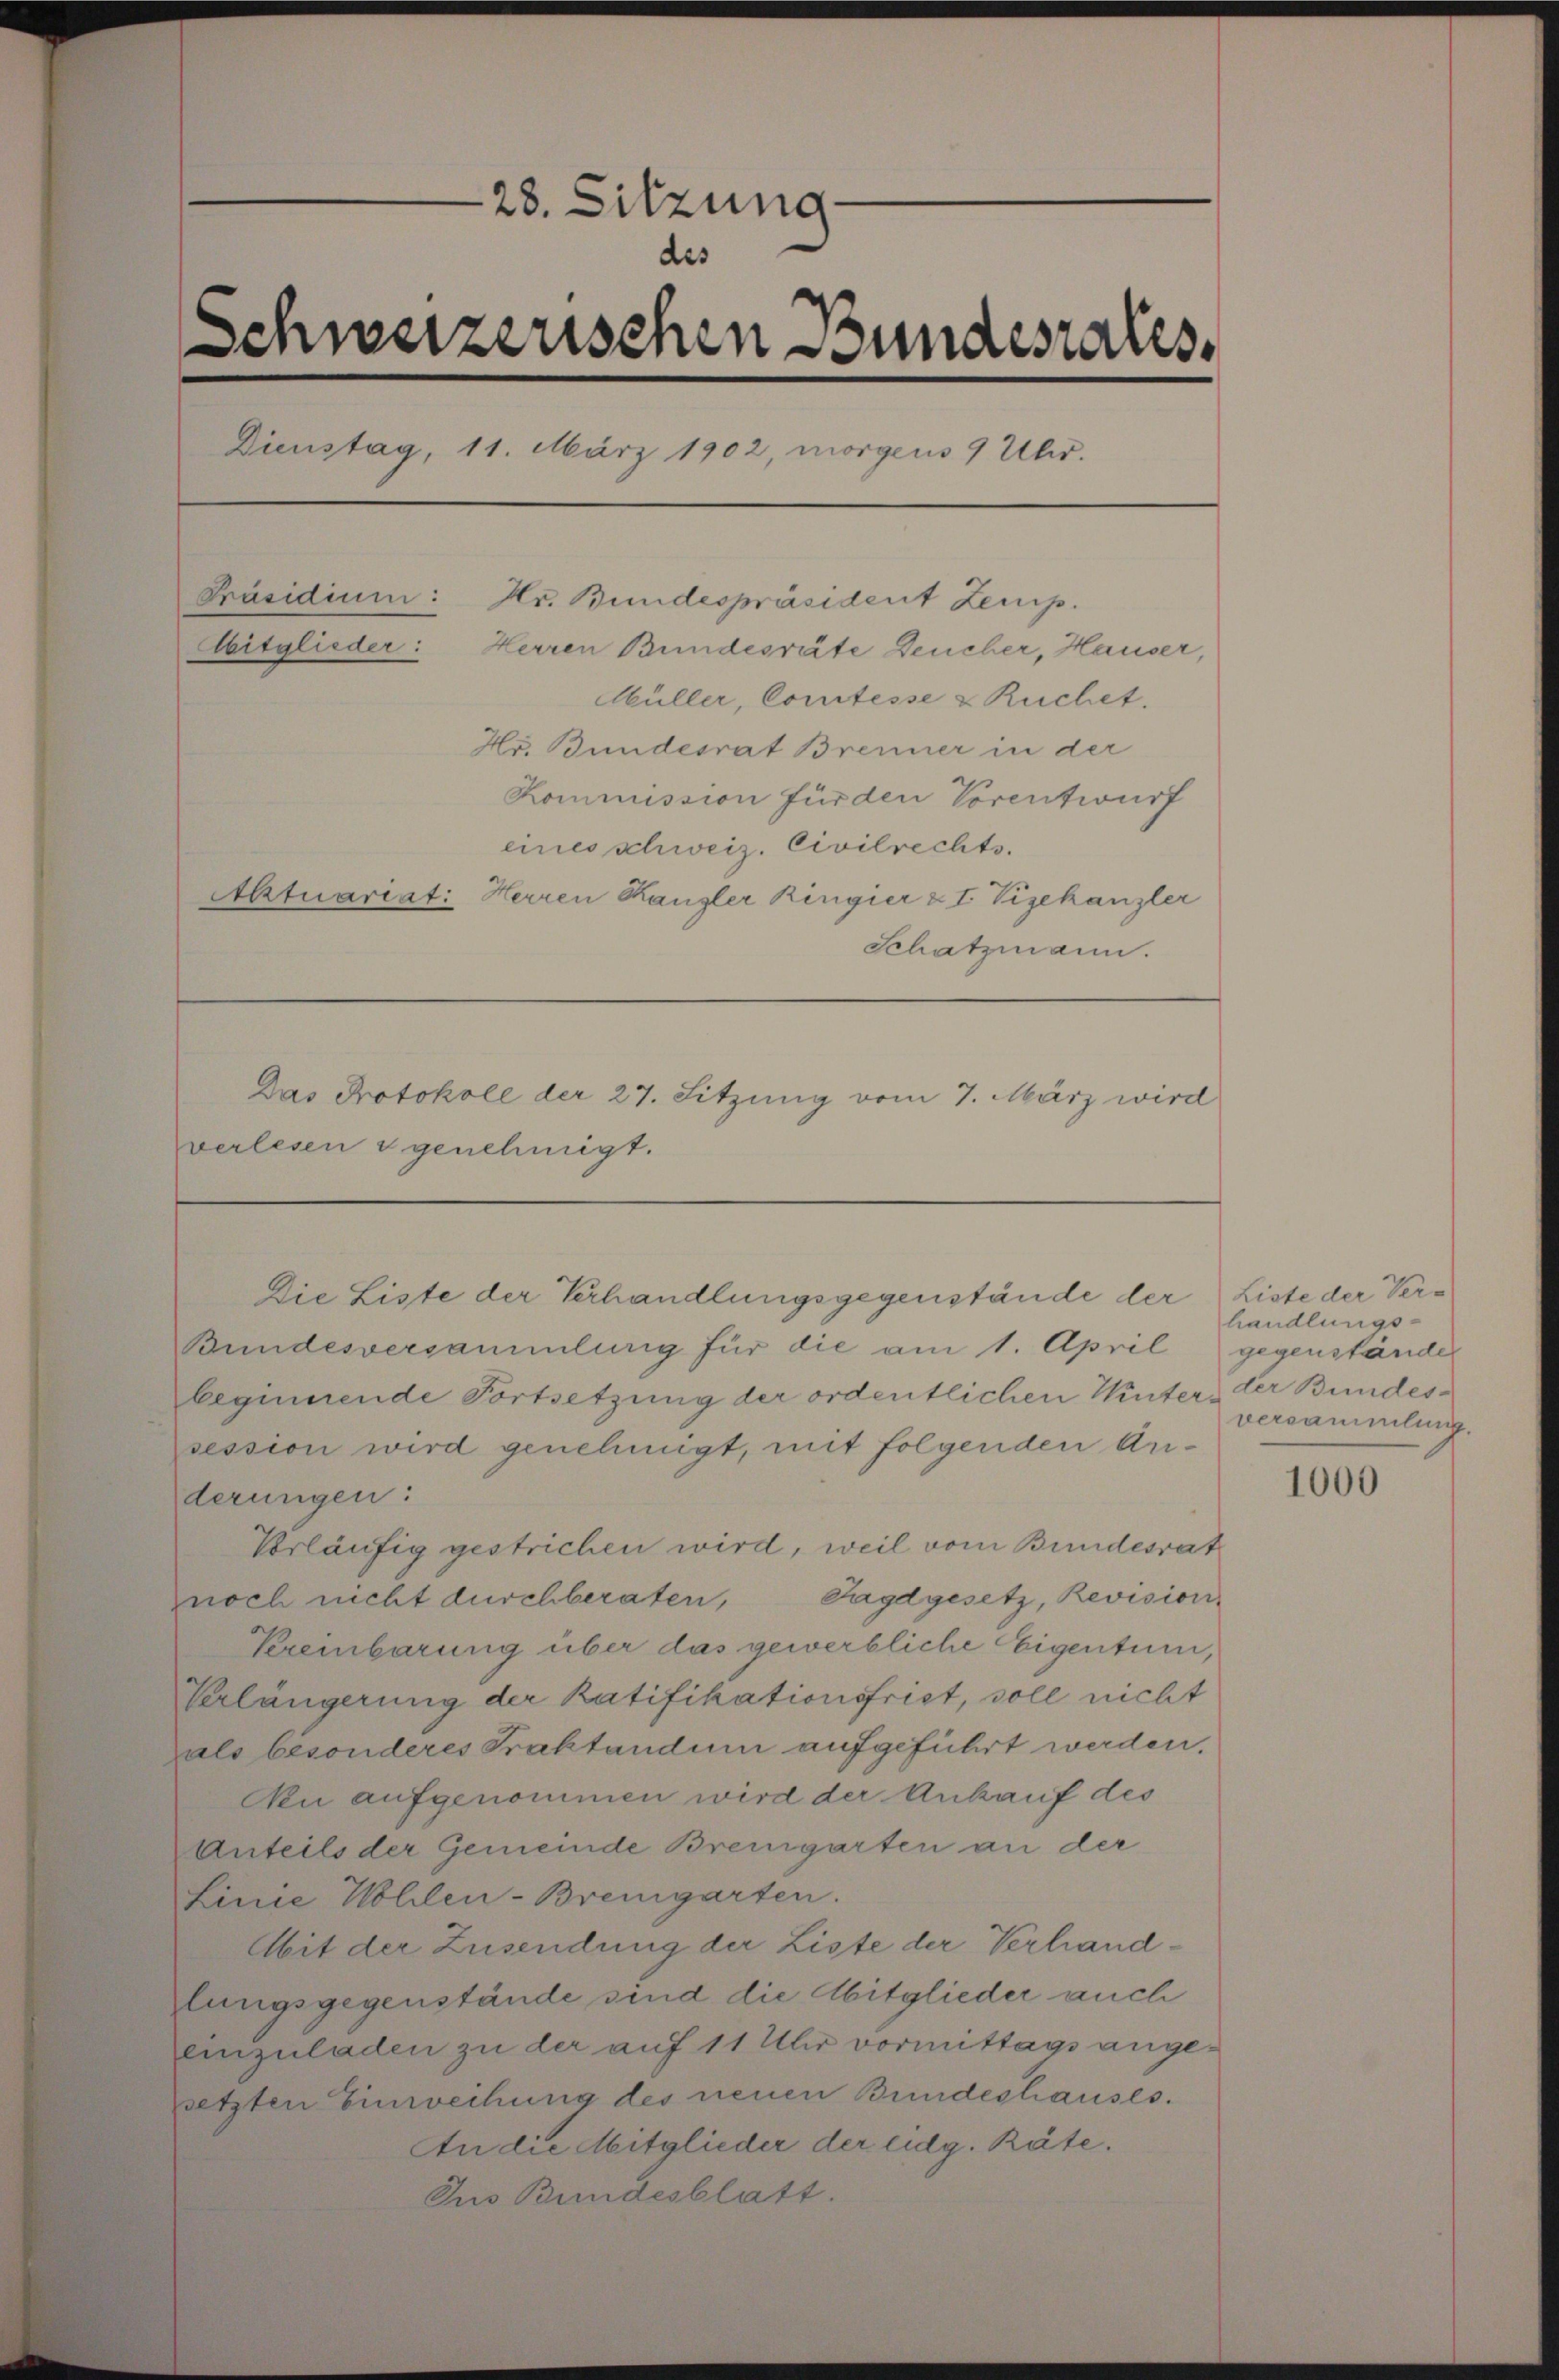
28. Sitzung
des
Schweizerischen Bundesrates
Dienstag, 11. März 1902, morgens 9 Uhr.
Präsidium:
Hr. Bundespräsident Zemp.
Mitglieder:
Herren Bundesräte Deucher, Hauser,
Müller, Comtesse & Ruchet.
Hr. Bundesrat Brenner in der
Kommission für den Vorentwurf
eines schweiz. Civilrechts.
Aktuariat: Herren Kanzler Ringier z I. Vizekanzler
Schatzmann.
Das Protokoll der 27. Sitzung vom 7. März wird
verlesen & genehmigt.

Bundesversammlung für die am 1. April gegenstände
beginnende Fortsetzung der ordentlichen Winter-
session wird genehmigt, mit folgenden Anderungen:
Vorläufig gestrichen wird, weil vom Bundesrat
Jagdgesetz, Revision
noch nicht durchberaten,
Kreinbarung über das gewerbliche Eigentum,
Verlängerung der Ratifikationsfrist, soll nicht
zals besonderes Praktandum aufgeführt werden.
Nen aufgenommen wird der Ankauf des
Anteils der Gemeinde Bremgarten an der
Linie Wollen-Bremgarten.
Abit der Zusendung der Liste der Verhandlungsgegenstände sind die Mitglieder auch
einzuladen zu der auf 11 Uhr vormittags angesetzten Einweihung des neuen Bundeshauses.
An die Mitglieder der eidg. Räte.
Dus Bundesblatt.

Die Liste der Verhandlungsgegenstände der

Liste der Verhandlungsder Bundes-
versammlung.

1000